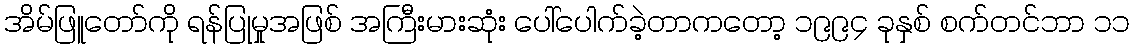
အိမ်ဖြူတော်ကို ရန်ပြုမှုအဖြစ် အကြီးမားဆုံး ပေါ်ပေါက်ခဲ့တာကတော့ ၁၉၉၄ ခုနှစ် စက်တင်ဘာ ၁၁